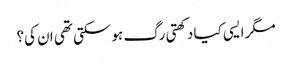
مگر ایسی کیا دکھتی رگ ہو سکتی تھی ان کی؟